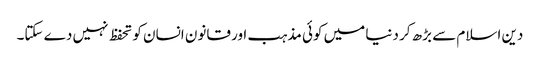
دین اسلام سے بڑھ کر دنیا میں کوئی مذہب اور قانون انسان کو تحفظ نہیں دے سکتا۔